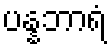
ပန္နဘာရံ